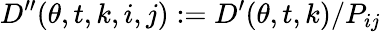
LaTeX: D^{\prime\prime}(\theta,t,k,i,j):=D^{\prime}(\theta,t,k)/P_{ij}\,